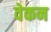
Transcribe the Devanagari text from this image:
वेकन